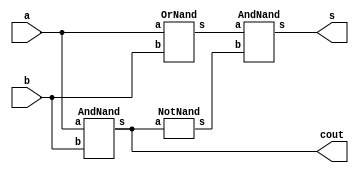
// ---------------------
// Guia 03 - Exerccio 02
// Nome: Luiz Guilherme Andrade Menezes
// ---------------------

// ---------------------
// -- half adder using nands
// ---------------------
module Exercicio02(cout, s, a, b);
	output cout, s;
	input a, b;
	wire t1, t2;
	AndNand AND1 (cout, a, b);
	OrNand OR1 (t1, a, b);
	NotNand NOT1 (t2, cout);
	AndNand AND2 (s, t1, t2);
endmodule

module AndNand(s, a, b);
	output s;
	input a, b;
	wire t1;
	nand NAND1 (t1, a, b);
	nand NAND2 (s, t1, t1);
endmodule

module OrNand(s, a, b);
	output s;
	input a, b;
	wire t1, t2;
	nand NAND3 (t1, a, a);
	nand NAND4 (t2, b, b);
	nand NAND5 (s, t1, t2);
endmodule

module NotNand(s, a);
	output s;
	input a;
	nand NAND6 (s, a, a);
endmodule

module testeExercicio02;
	reg a, b;
	wire cout, s;

	Exercicio02 HALFADDER(cout, s, a, b);

	initial begin
		a = 0;
		b = 0;
	end

	initial begin

		$display("Guia 03 - Exerccio 02 - Luiz Menezes - 292160");
		$display("Half Adder using NAND\n");

		#1 $display("  a + b = Cout Soma");
		#1 $monitor("  %d + %d =  %d    %d", a, b, cout, s);

		#1 a = 0; b = 1;
		#1 a = 1; b = 0;
		#1 a = 1; b = 1;

	end

endmodule